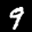
Label: 9